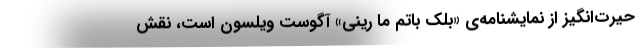
حیرت‌انگیز از نمایشنامه‌ی «بلک باتم ما رینی» آگوست ویلسون است، نقش